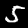
Digit: 5